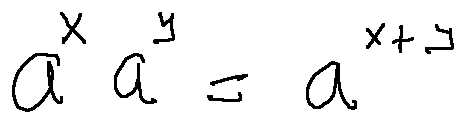
a ^ { x } a ^ { y } = a ^ { x + y }